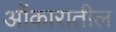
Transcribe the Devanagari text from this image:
ओंकारातील